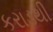
કરાડથી